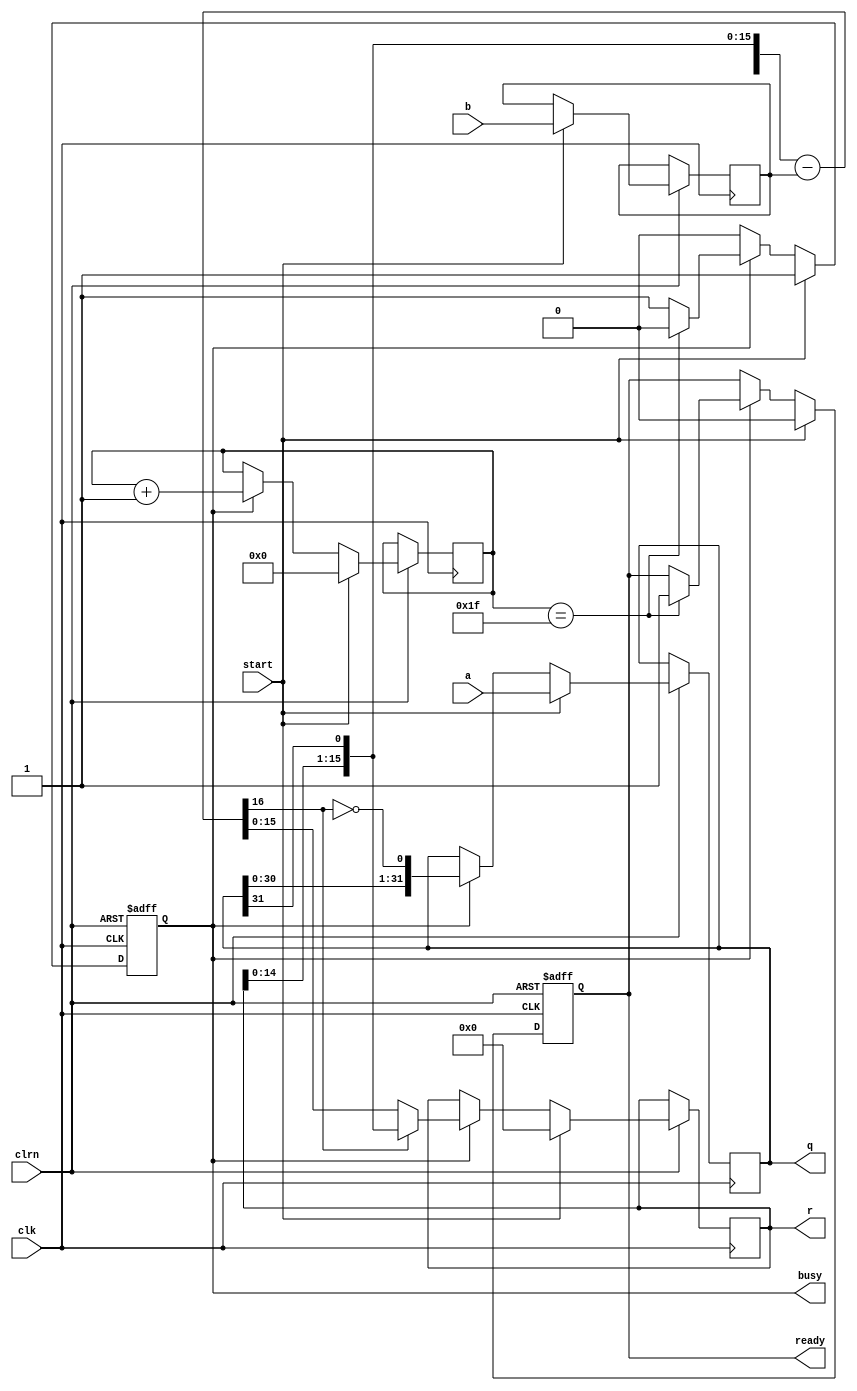
//////////////////////////////////////////////////////////////////////////////////
// Module Name: Restoring Division Algorithm Module
// Description: Calculates A/B = B.Q + R
//              Try to think the basic decimal Division algorithm. Use paper to
//              simulate the division step by step.
//
//           A  | B
//              |---
//        - B.Q | Q
//        ------|
//           R
//
// Revision:
// 28.05.2020 -> Revision 0.01 - Created (Validated)
//////////////////////////////////////////////////////////////////////////////////

`timescale 1ns / 1ps

module RestoringDivision(
    input clk, clrn,    // Clock and Reset
    input [31:0] a,     // Dividend
    input [15:0] b,     // Divisor
    input start,        // Start signal
    output [31:0] q,    // Quotient
    output [15:0] r,    // Remainder
    output reg busy,    // Calculation continues    
    output reg ready);  // Ready 
    
    reg[31:0] reg_q;        // Quotient
    reg[15:0] reg_r, reg_b; // Remainder and divisor
    reg[4:0] count;         // Counter for algorithm
    
    wire[16:0] sub_out = {reg_r, reg_q[31]} - {1'b0, reg_b};
    wire[15:0] mux_out = sub_out[16] ? {reg_r[14:0], reg_q[31]} : sub_out[15:0];
        
    always@(posedge(clk) or negedge(clrn)) begin
        if(!clrn) begin
            busy    <= 0;   // No active calculation
            ready   <= 0;   // No result in output port      
        end else begin
            if(start) begin
                reg_q <= a; // Load Dividend
                reg_b <= b; // Load Divisor
                reg_r <= 0; // Remainder is initially 0
                busy  <= 1; // Calculation started
                ready <= 0; // Module is not ready anymore
                count <= 0; // Counter reset
            end else if(busy) begin
                reg_q <= {reg_q[30:0], ~sub_out[16]};
                reg_r <= mux_out;
                count <= count + 5'b1;
                
                if(count == 5'h1f) begin
                    busy    <= 0;   // Calculation finished
                    ready   <= 1;   // Result ready
                end
            end
        end
    end
    
    assign q = reg_q;
    assign r = reg_r;
endmodule